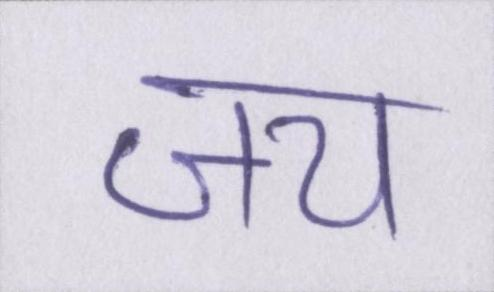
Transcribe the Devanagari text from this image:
जय